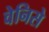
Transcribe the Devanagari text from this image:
वेनिसे